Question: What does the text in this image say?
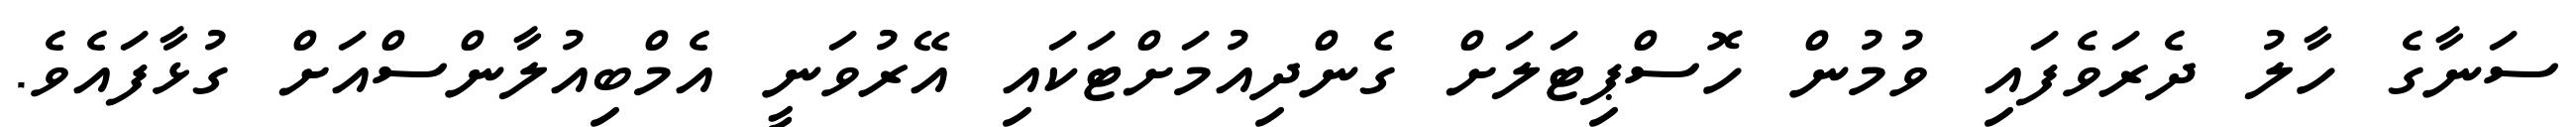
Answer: ސަނާގެ ހާލު ދެރަވެފައި ވުމުން ހޮސްޕިޓަލަށް ގެންދިއުމަށްޓަކައި އޭރުވަނީ އެމްބިއުލާންސްއަށް ގުޅާފައެވެ.